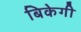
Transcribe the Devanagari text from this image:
बिकेगी